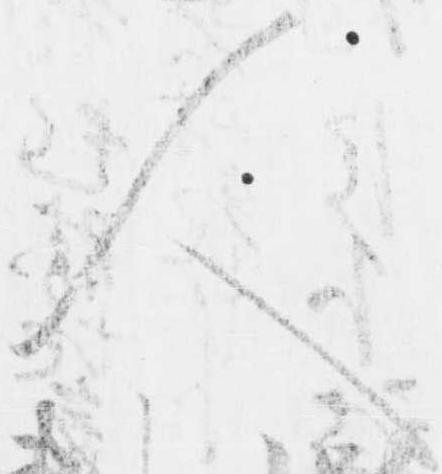
人